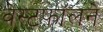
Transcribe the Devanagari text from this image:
वेस्टफॉलने